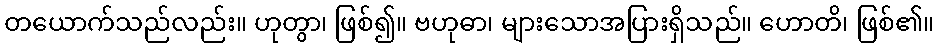
တယောက်သည်လည်း။ ဟုတွာ၊ ဖြစ်၍။ ဗဟုဓာ၊ များသောအပြားရှိသည်။ ဟောတိ၊ ဖြစ်၏။